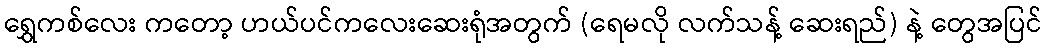
ရွှေကစ်လေး ကတော့ ဟယ်ပင်ကလေးဆေးရုံအတွက် (ရေမလို လက်သန့် ဆေးရည်) နဲ့ တွေအပြင်